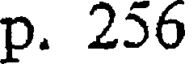
p. 256